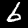
Label: 6